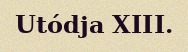
Utódja XIII.